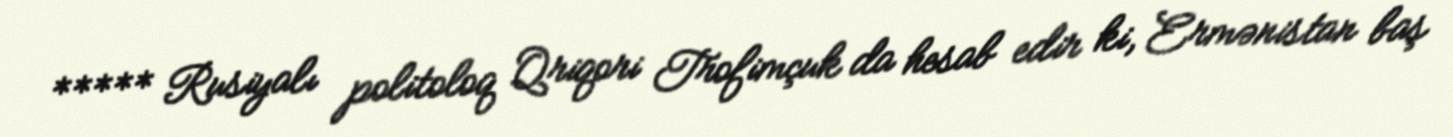
***** Rusiyalı politoloq Qriqori Trofimçuk da hesab edir ki, Ermənistan baş